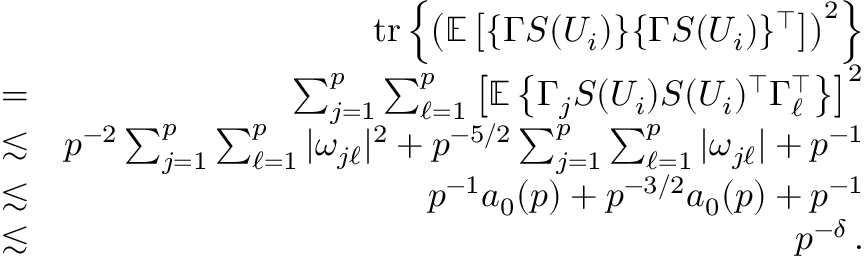
\begin{array} { r l r } & { } & { \mathrm { t r } \left\{ \left( { \mathbb { E } } \left[ \{ \Gamma S ( U _ { i } ) \} \{ \Gamma S ( U _ { i } ) \} ^ { \top } \right] \right) ^ { 2 } \right\} } \\ & { = } & { \sum _ { j = 1 } ^ { p } \sum _ { \ell = 1 } ^ { p } \left[ { \mathbb { E } } \left\{ \Gamma _ { j } S ( U _ { i } ) S ( U _ { i } ) ^ { \top } \Gamma _ { \ell } ^ { \top } \right\} \right] ^ { 2 } } \\ & { \lesssim } & { p ^ { - 2 } \sum _ { j = 1 } ^ { p } \sum _ { \ell = 1 } ^ { p } | \omega _ { j \ell } | ^ { 2 } + p ^ { - 5 / 2 } \sum _ { j = 1 } ^ { p } \sum _ { \ell = 1 } ^ { p } | \omega _ { j \ell } | + p ^ { - 1 } } \\ & { \lesssim } & { p ^ { - 1 } a _ { 0 } ( p ) + p ^ { - 3 / 2 } a _ { 0 } ( p ) + p ^ { - 1 } } \\ & { \lesssim } & { p ^ { - \delta } \, . } \end{array}